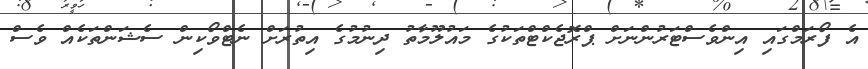
އެ ފޯރަމްގައި އިންވެސްޓަރުންނަށް ޕްރޮޖެކްޓްތަކުގެ މައުލޫމާތު ދިނުމުގެ އިތުރަށް ނެޓްވޯކިން ސެޝަންތަކެއް ވެސް